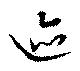
跡